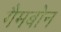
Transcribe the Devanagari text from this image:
गैमबोन